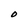
Character: O